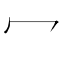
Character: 冖